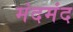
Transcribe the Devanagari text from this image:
मंदमंद